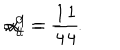
LaTeX: \alpha _ { t } ^ { 0 } = - { \frac { 1 } { 4 } } \hspace { 1 c m } ; \hspace { 1 c m } \alpha _ { t } ^ { 1 } = { \frac { 1 } { 4 } } ~ ~ .